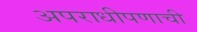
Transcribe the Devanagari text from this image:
अपराधीपणाची